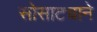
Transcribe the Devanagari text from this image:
सोसाट्याने